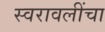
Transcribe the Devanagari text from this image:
स्वरावलींचा